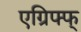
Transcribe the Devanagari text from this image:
एग्रिफ्फ्